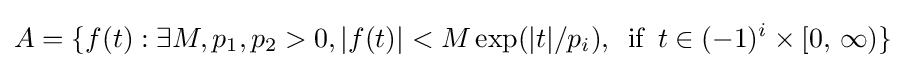
A=\{f(t):\exists M,p_{1},p_{2}>0,|f(t)|<M\exp(|t|/p_{i}),\,\,\,{\text{if}}\,\,\,t\in (-1)^{i}\times [0,\,\infty )\}